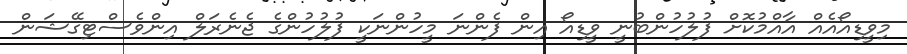
މިވީޑިއޯއެއް އާއްމުކޮށް ފުލުހުންބުނީ ވީޑިއޯ އިން ފެންނަ މީހުންނަކީ ފުލުހުންގެ ޖެނެރަލް އިންވެސްޓިގޭޝަން